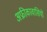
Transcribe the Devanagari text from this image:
अफ्रीकावासियों